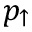
p _ { \uparrow }